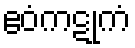
ဧဝံကဋုကံ